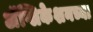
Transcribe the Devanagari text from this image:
अॅप्लिकेशनच्या